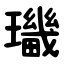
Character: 㼄